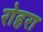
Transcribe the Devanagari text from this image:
रोहरा